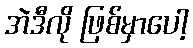
အဲဒီလို ဖြစ်မှာပေါ့